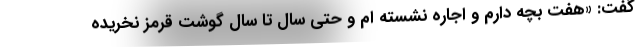
گفت: «هفت بچه دارم و اجاره نشسته ام و حتی سال تا سال گوشت قرمز نخریده